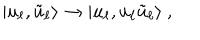
| u _ { \ell } , \tilde { u } _ { \ell } \rangle \to | u _ { \ell } , u _ { \ell } \tilde { u } _ { \ell } \rangle ~ ,